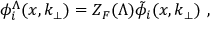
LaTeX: \phi _ { i } ^ { \Lambda } ( x , k _ { \perp } ) = Z _ { F } ( \Lambda ) \tilde { \phi } _ { i } ( x , k _ { \perp } ) \ ,